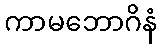
ကာမဘောဂိနံ